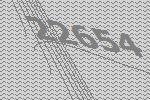
22654